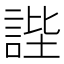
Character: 𧧺